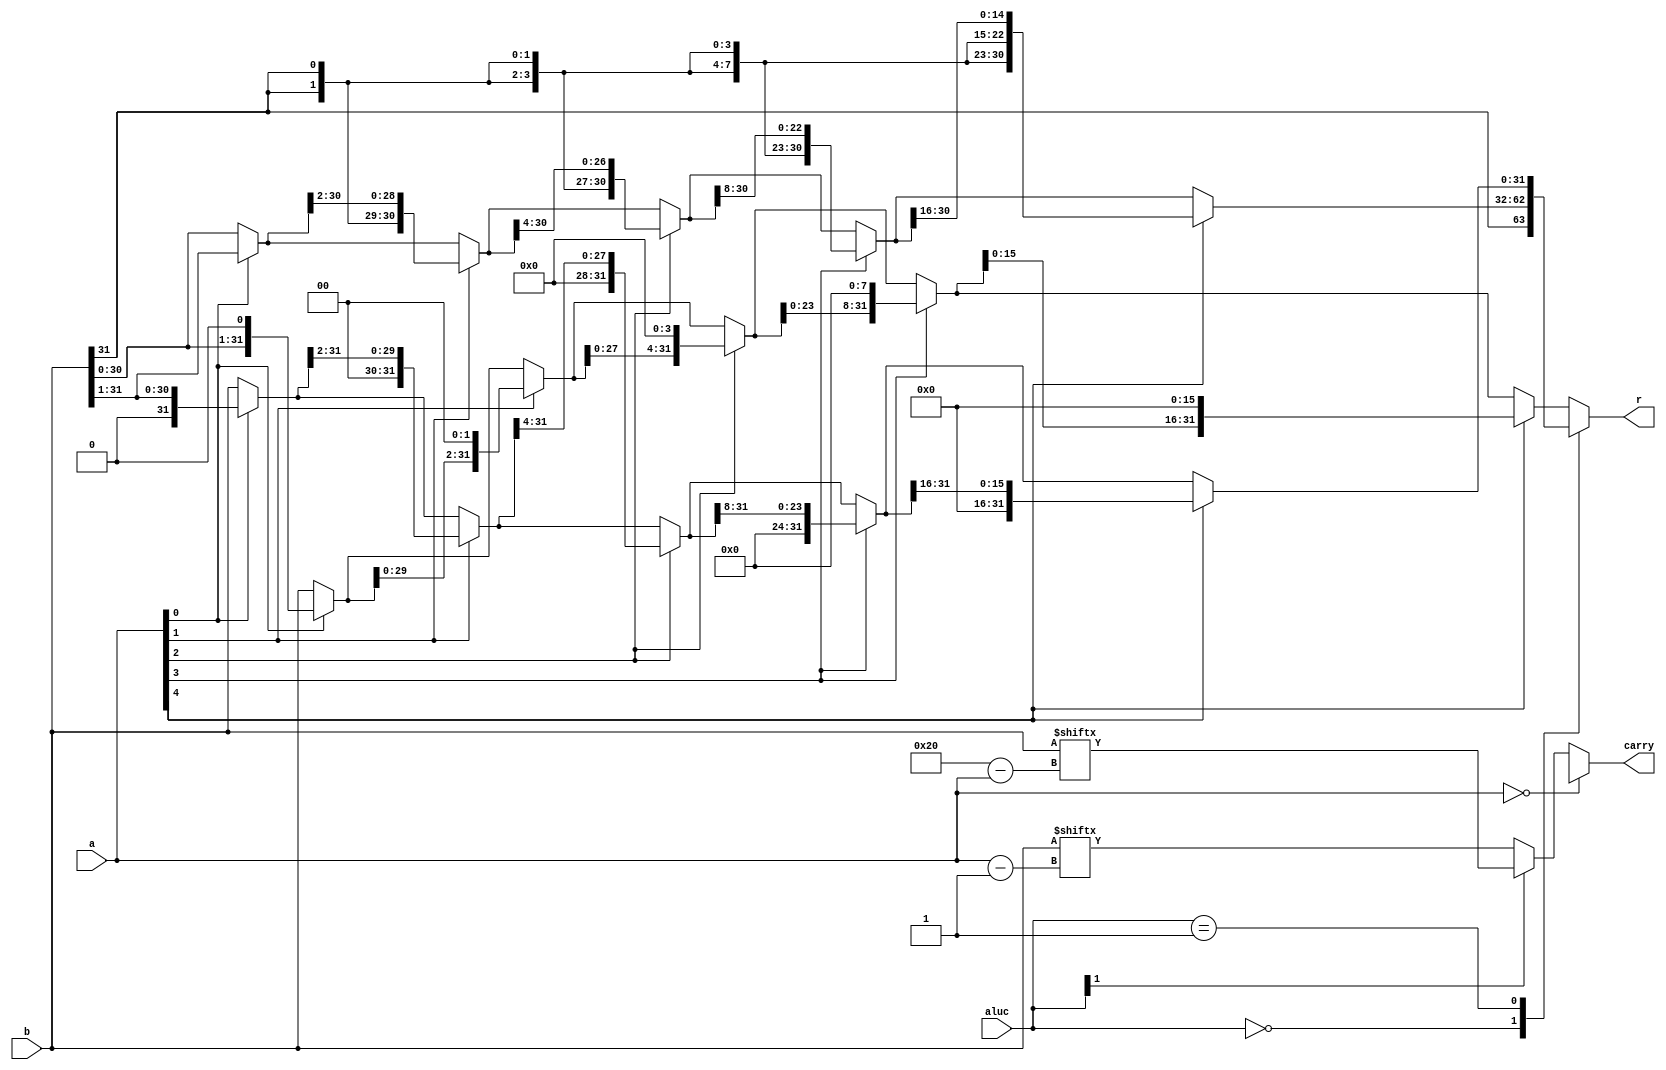
module Shifter(a, b, aluc, r, carry);
    input [4:0]a;
    input signed [31:0]b;//ba
    input [1:0] aluc;
    output reg [31:0]r;
    output reg carry;
	
 	always @(a or b or aluc[1])begin
 		if(a == 0) begin
            carry=1'bx;//latch
        end else begin
            if(aluc[1]) begin//
                carry=b[32-a];
     		end
     		else begin//
                carry=b[a-1];
     		end
        end
 	end
 	
    always @(a or b or aluc) begin
        case(aluc)
            2'b00: begin//
                r = a[0]? {b[31], b[31:1]}: b;
                r = a[1]? {{2{r[31]}}, r[31:2]}: r;
                r = a[2]? {{4{r[31]}}, r[31:4]}: r;
                r = a[3]? {{8{r[31]}}, r[31:8]}: r;
                r = a[4]? {{16{r[31]}}, r[31:16]}: r;
            end 
            2'b01: begin//
                r = a[0]? {1'b0, b[31:1]}: b;
                r = a[1]? {2'b0, r[31:2]}: r;
                r = a[2]? {4'b0, r[31:4]}: r;
                r = a[3]? {8'b0, r[31:8]}: r;
                r = a[4]? {16'b0, r[31:16]}: r;
            end
            default: begin//
                r = a[0]? {b[30:0], 1'b0}: b;
                r = a[1]? {r[29:0], 2'b0}: r;
                r = a[2]? {r[27:0], 4'b0}: r;
                r = a[3]? {r[23:0], 8'b0}: r;
                r = a[4]? {r[15:0], 16'b0}: r;
            end
        endcase
    end
endmodule